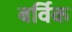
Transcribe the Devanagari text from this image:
बर्विक